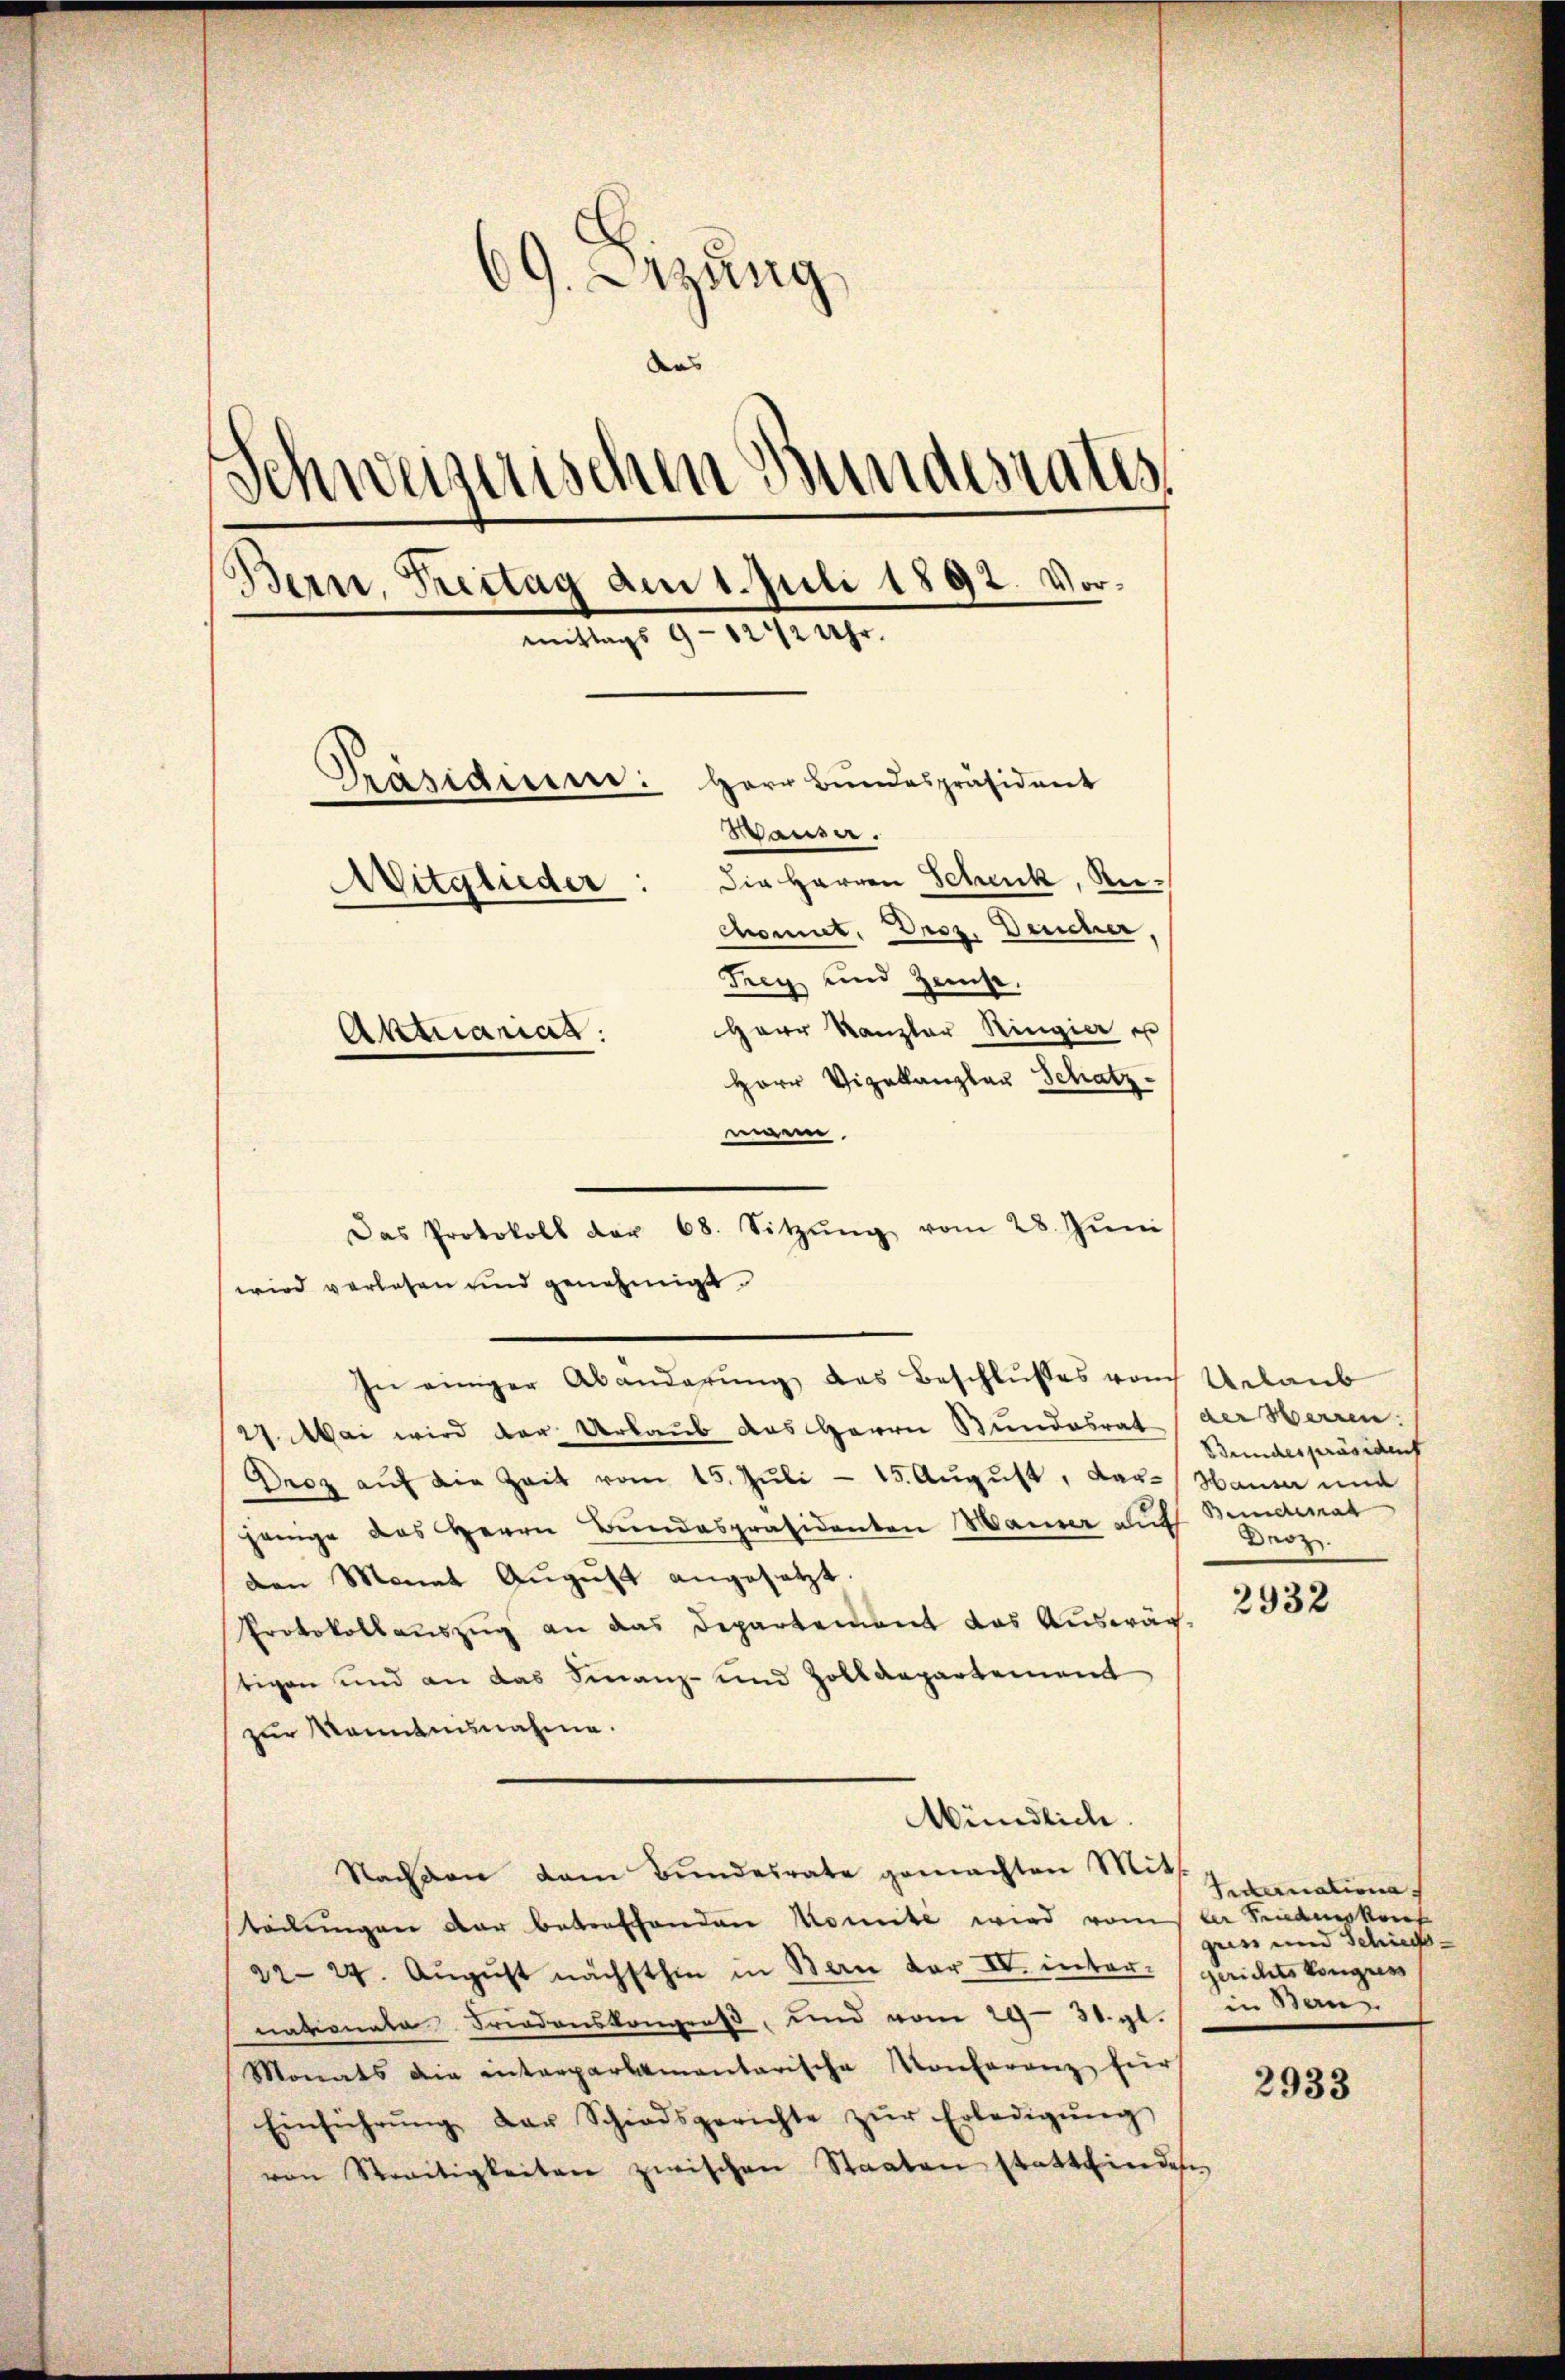
69. Sitzung
dus |
Schweizerischen Bundesrates
Bern, Freitag den 1. Juli 1892. Vormittags 9 - 1242 Uhr.
5
Herr Bundespräsident
Prasiauen:
Waise.
Die Herren Schuck, Re¬
Mitglieder
chomut. Droz. Deucher.
Trey und Zeite.
Herr Kanzler Ringier es
Aktuariat.
Herr Vizekanzler Schatz.

e
wird verlesen und genehmigt.
27. Mai wird der Urlaub das Herrn Bundesrat der Herren.
Droz aŭf die Zeit vom 15. Jŭli - 15. August, das Hauser nun
jenige das Herrn Bundespräsidenten Waiser auf Bunderat
den Monat August angesetzt.
Protokollaŭszŭg an das Departement das Aŭswär-
tigen und an das Finanz- und Zolldepartement
zur Kenntnisnahme.
Mündlich
Stachten dem Bŭndesrate gemachten Mitt
teilungen der betreffenden Komite wird vom der Sendueskonf
2224. Aŭgŭst nächsthin in Bern der IV. inter gerichtskongress
nationale Friedenskongreß, und vom 29. 30. gl.
Monats die interparlamantarische Konferenz für
Einführŭng der Schiedsgerichte zŭr Erledigŭng
von Streitigkeiten zwischen Staaten stattfinden

Das Protokoll der 68. Sitzŭng vom 28. Jŭni
In einiger Abänderŭng des Beschlusses vom Urlaub

Bundespräsident
Droz.

2932

Sedernationa
gun und Schieds-
in Bern

2933